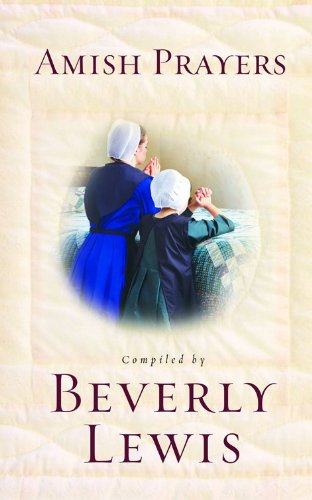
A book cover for Amish Prayers: Heartfelt Expressions of Humility, Gratitude, and Devotion; Christian Books & Bibles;